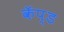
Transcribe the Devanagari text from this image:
कॅप्ड